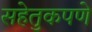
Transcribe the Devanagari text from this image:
सहेतुकपणे